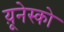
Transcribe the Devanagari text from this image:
य़ूनेस्को